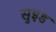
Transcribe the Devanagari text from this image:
सुइड